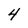
Character: 4